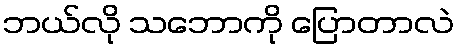
ဘယ်လို သဘောကို ပြောတာလဲ